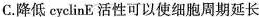
C.降低cyclinE活性可以使细胞周期延长